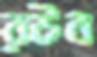
রউব